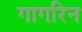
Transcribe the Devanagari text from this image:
गागरिन